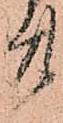
廿